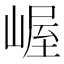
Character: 𫶉